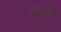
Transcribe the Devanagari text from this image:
आइसोपाड